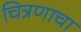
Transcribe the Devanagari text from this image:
चित्रणाचा